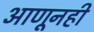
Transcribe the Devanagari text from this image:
आणूनही